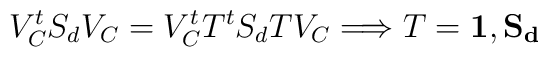
V_{C}^{t}S_{d}V_{C}=  V_{C}^{t}T^{t}S_{d}TV_{C} \Longrightarrow T=\bf{1},S_{d}